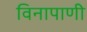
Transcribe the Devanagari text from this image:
विनापाणी